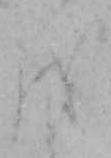
を